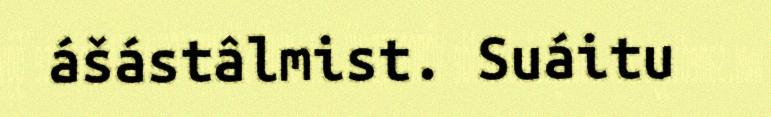
ášástâlmist. Suáitu